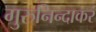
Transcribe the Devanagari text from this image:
गुरुनिन्दाकरं